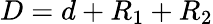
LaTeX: D=d+R_{1}+R_{2}